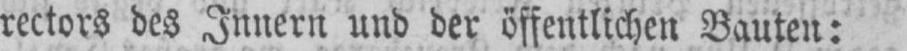
rectors des Innern und der öffentlichen Bauten: